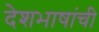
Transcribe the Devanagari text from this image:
देशभाषांची